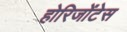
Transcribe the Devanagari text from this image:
होरिजोंटेस